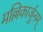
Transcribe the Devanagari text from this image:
मल्लिकार्जुनम्